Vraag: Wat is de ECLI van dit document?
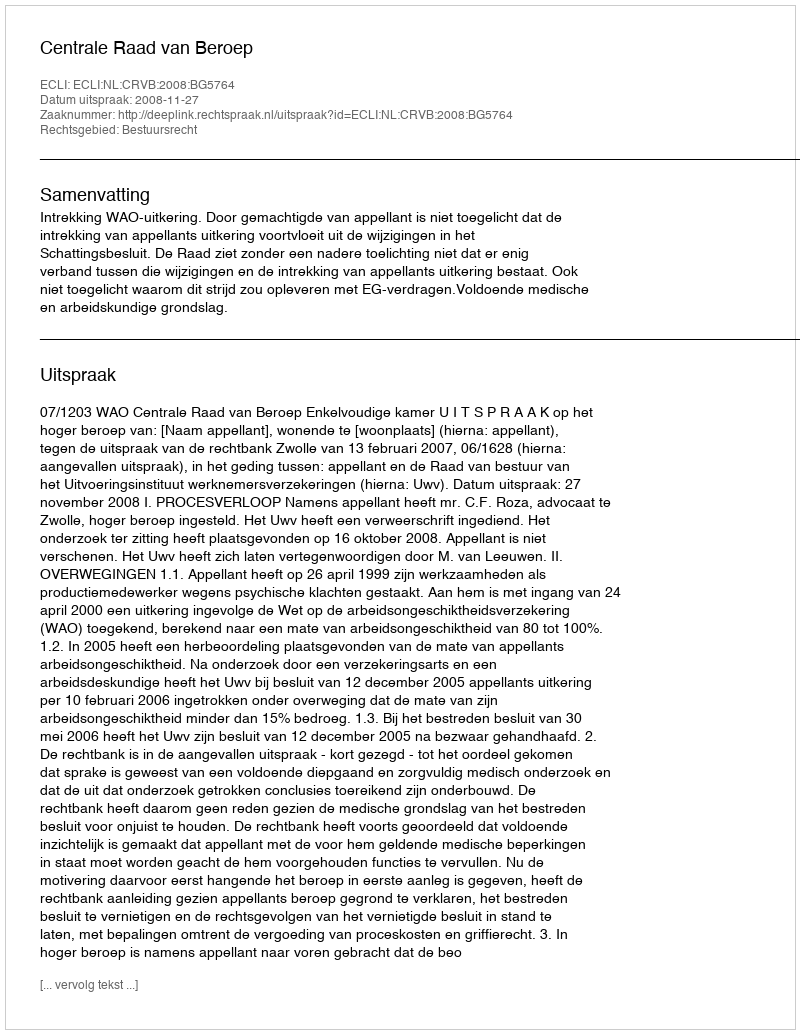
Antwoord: ECLI:NL:CRVB:2008:BG5764